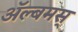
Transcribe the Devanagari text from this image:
अॅल्बमस्